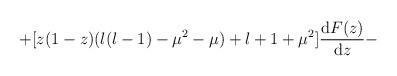
LaTeX: \begin{align*}+ [z(1-z)(l(l-1) - \mu^2 - \mu) + l+1+\mu^2 ]\frac{{\rm d}F(z)}{{\rm d}z} -\end{align*}